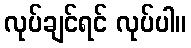
လုပ်ချင်ရင် လုပ်ပါ။